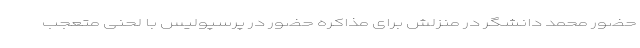
حضور محمد دانشگر در منزلش برای مذاکره حضور در پرسپولیس با لحنی متعجب